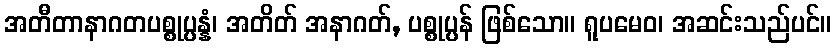
အတီတာနာဂတပစ္စုပ္ပန္နံ၊ အတိတ် အနာဂတ်, ပစ္စုပ္ပန် ဖြစ်သော။ ရူပမေဝ၊ အဆင်းသည်ပင်။